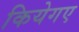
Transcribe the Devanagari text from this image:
कियेगए